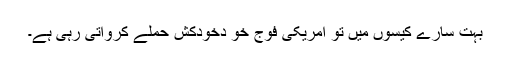
بہت سارے کیسوں میں تو امریکی فوج خو دخودکش حملے کرواتی رہی ہے۔